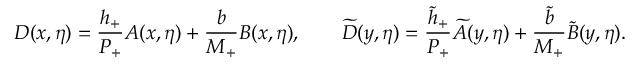
D ( x , \eta ) = \frac { h _ { + } } { P _ { + } } A ( x , \eta ) + \frac { b } { M _ { + } } B ( x , \eta ) , \qquad \widetilde { D } ( y , \eta ) = \frac { \widetilde h _ { + } } { P _ { + } } \widetilde A ( y , \eta ) + \frac { \widetilde b } { M _ { + } } \widetilde B ( y , \eta ) .